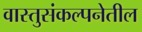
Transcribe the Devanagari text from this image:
वास्तुसंकल्पनेतील